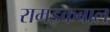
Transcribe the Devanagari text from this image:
रामइकबाल